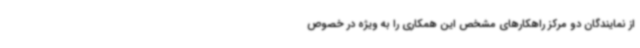
از نمایندگان دو مرکز راهکارهای مشخص این همکاری را به ویژه در خصوص